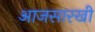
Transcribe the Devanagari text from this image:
आजसारखी